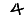
Digit: 4